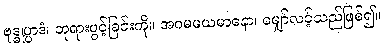
ဗုဒ္ဓုပ္ပာဒံ၊ ဘုရားပွင့်ခြင်းကို။ အဂမမယမာနော၊ မျှော်လင့်သည်ဖြစ်၍။